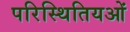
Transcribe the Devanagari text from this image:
परिस्थितियओं